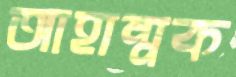
আহাম্মক